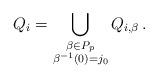
LaTeX: \begin{align*} Q_i = \bigcup_{ \substack{ \beta \in P_p \\ \beta^{-1} (0) = j_0 } } Q_{i,\beta} \, . \end{align*}